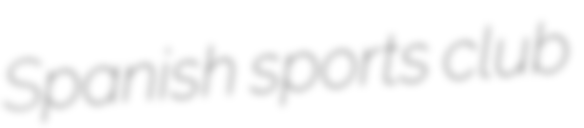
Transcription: Spanish sports club